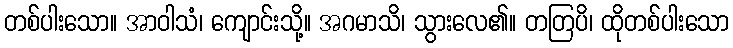
တစ်ပါးသော။ အာဝါသံ၊ ကျောင်းသို့။ အဂမာသိ၊ သွားလေ၏။ တတြပိ၊ ထိုတစ်ပါးသော